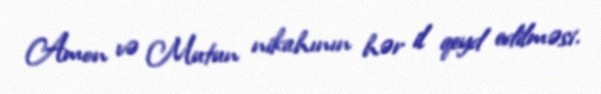
Amon və Mutun nikahının hər il qeyd edilməsi.